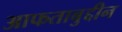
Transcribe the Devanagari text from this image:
आफताबुद्दीन